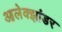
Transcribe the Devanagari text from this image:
आलेक्झांडर